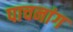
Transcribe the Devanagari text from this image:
पाचनांग